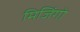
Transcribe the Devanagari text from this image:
मिजिंगो